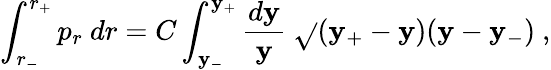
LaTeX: \int_{r_{-}}^{r_{+}}p_{r}\ dr=C\int_{\mathbf{y}_{-}}^{\mathbf{y}_{+}}{\frac{{d\mathbf{y}}}{{\mathbf{y}}}}\ \sqrt{}{{(\mathbf{y}_{+}-\mathbf{y})(\mathbf{y}-\mathbf{y}_{-})}}\ ,